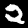
Label: 2